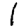
Digit: 1